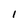
Character: 1